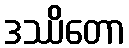
ဒဿိတော